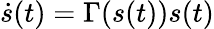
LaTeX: \dot{s}(t)=\Gamma(s(t))s(t)